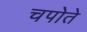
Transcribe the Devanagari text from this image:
चपोते